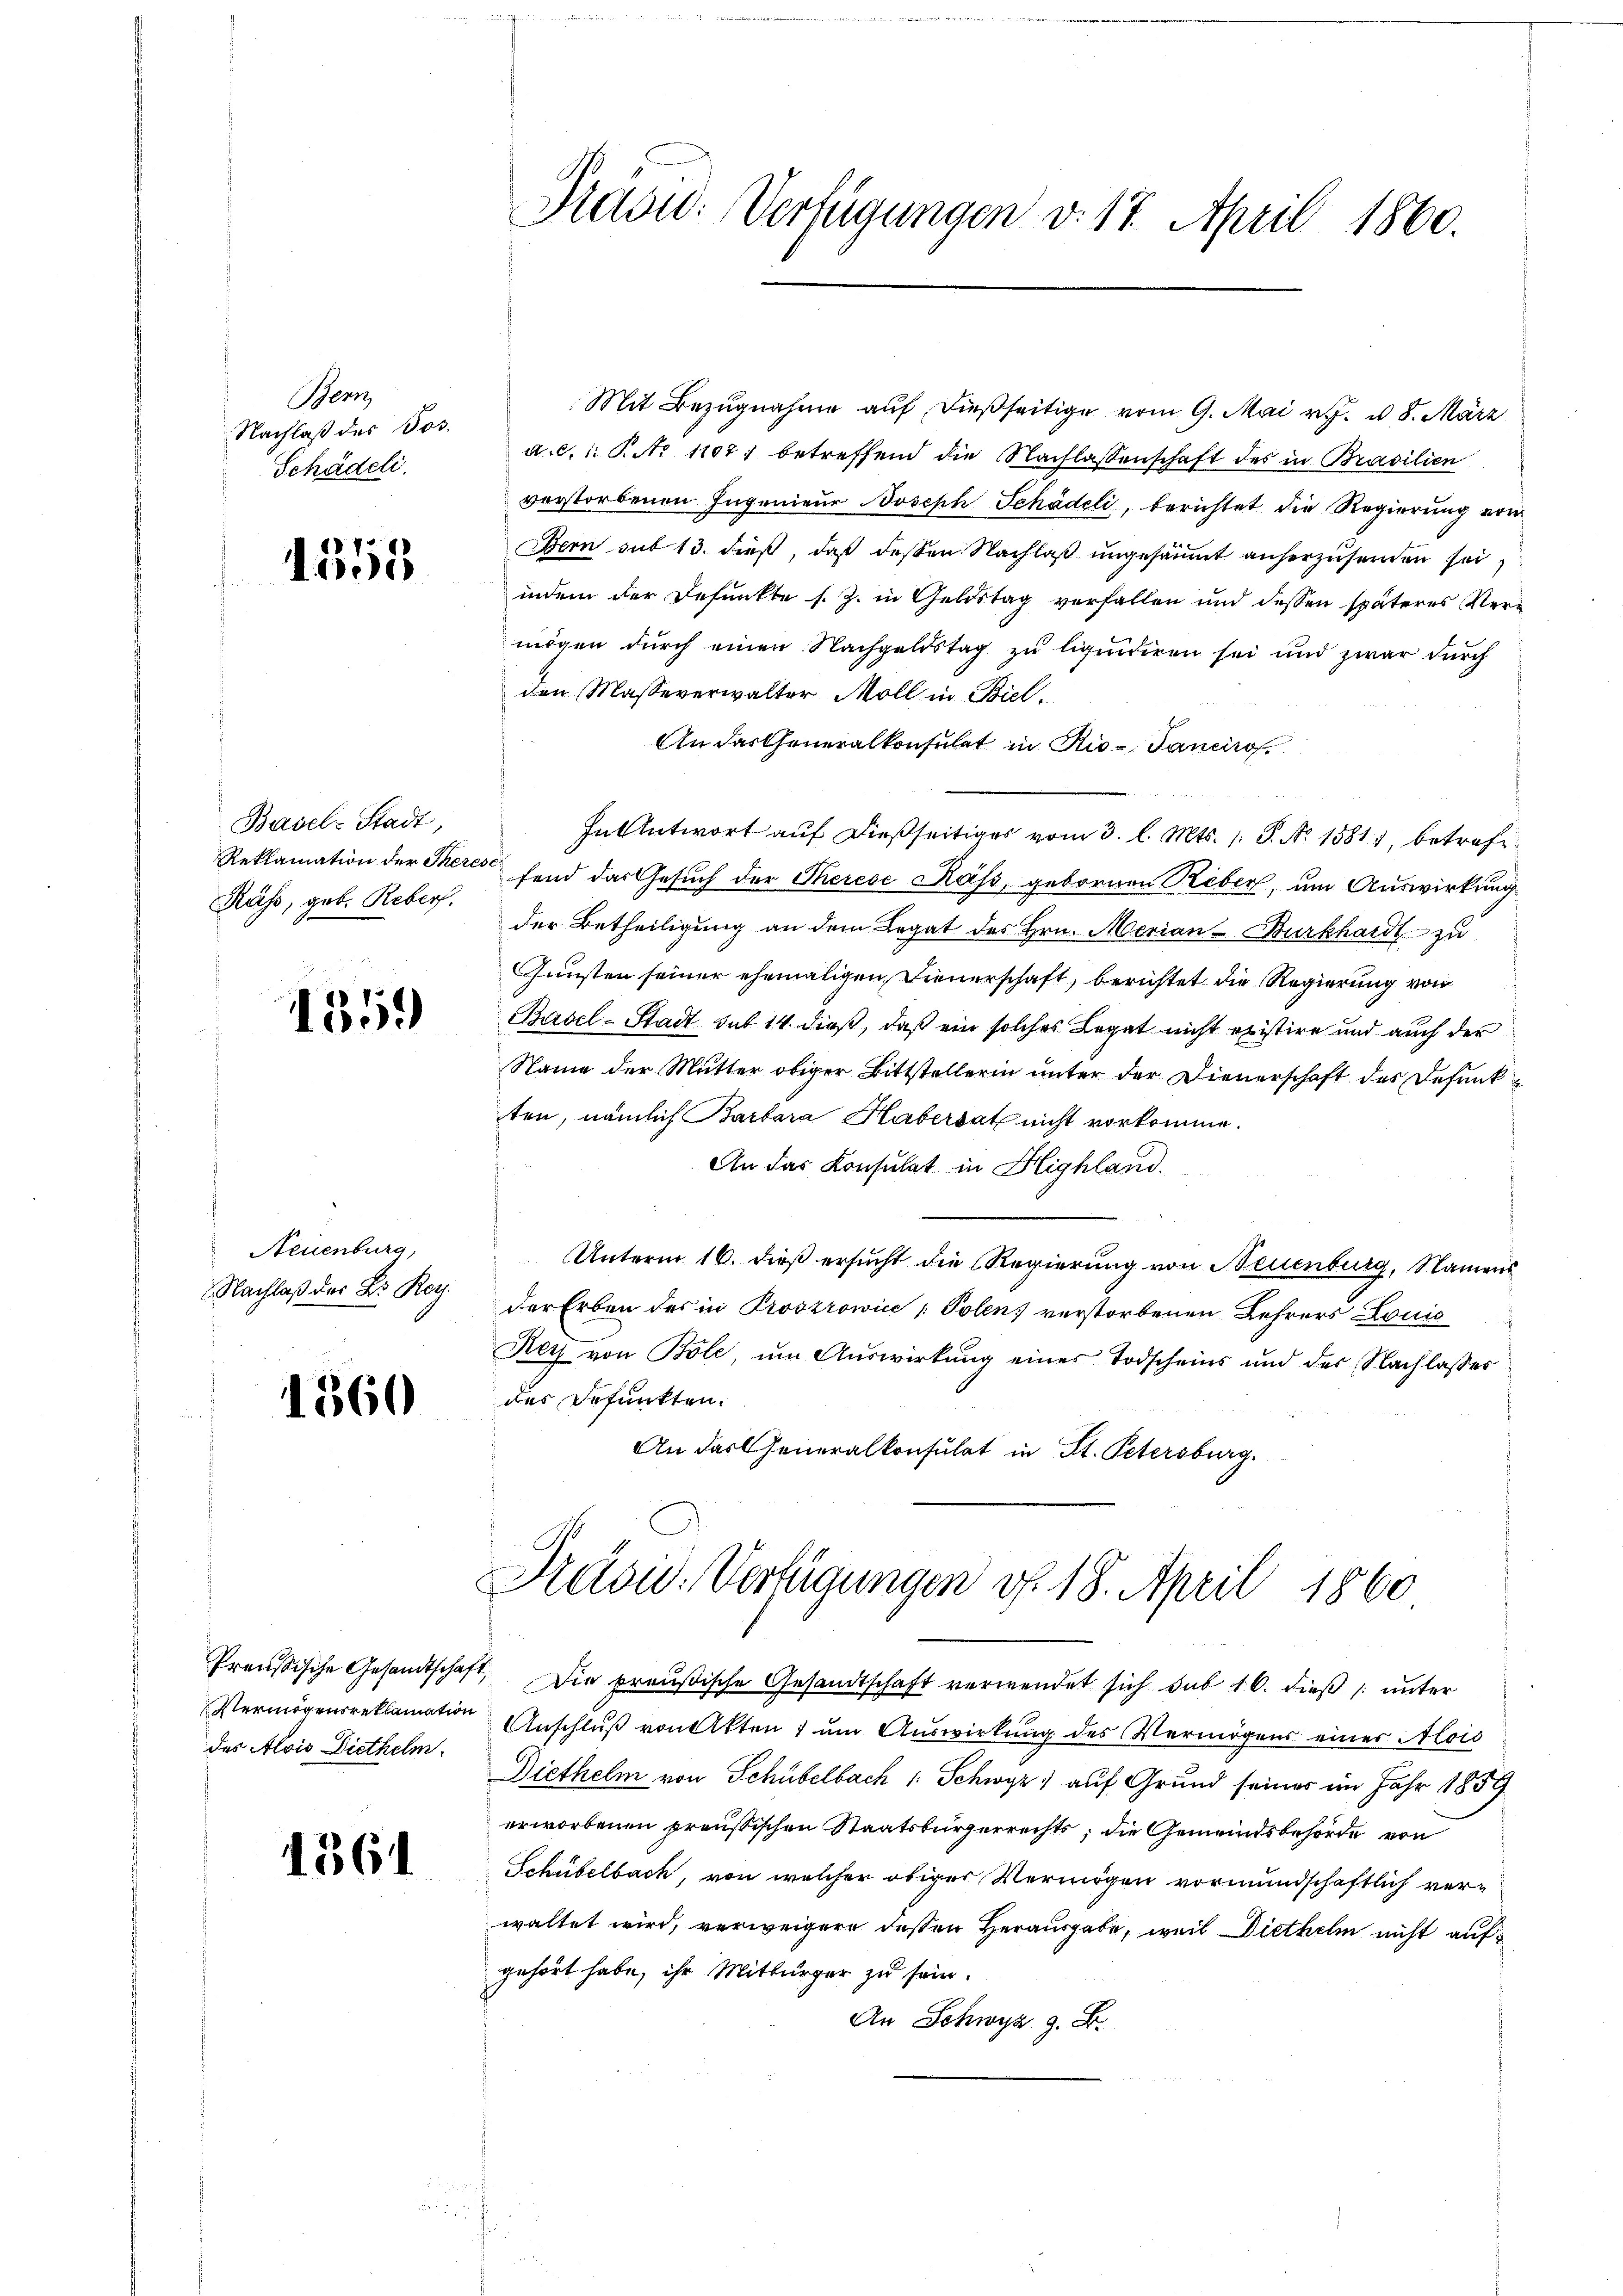
Bern,
Nachlaß des Jos.
Schädeli.

1353

Basel-Stadt,
Reklamation der There
Räß, geb. Reber.

1359

Neuenburg,
Nachlaß der Dr. Ro.

1360

des Alois Diethelm

1361

Prasid: Verfügungen v. 17. April 1860.

Mit Bezugnahme auf dießseitige vom 9. Mai v. J. u. 8. März
a.c.l. P. Nr 1107. betreffend die Nachlassenschaft des in Brasilien
verstorbenen Ingenieur Joseph Schädeli, berichtet die Regierung von
Bern sub 13. dieß, daß dessen Nachlaß ungesäumt anherzusenden sei,
indem der Defunkte s. Z. in Geldstag verfallen und dessen späteres Vermögen durch einen Nachgeldstag zu liquidiren sei und zwar durch
den Masseverwalter Moll in Biel¬
An das Generalkonsulat in Rio-Tancirof.

In Antwort auf dießseitiges vom 3. l. Mts. 1. P. Nr. 1581), betrefefend das Gesuch der Therese Käss, gebornen Reber, um Auswirkung
der Betheiligung an dem Legat des Hrn. Merian-Burkhardt zu
Gunsten seiner ehemaligen Dienerschaft, berichtet die Regierung von
Basel-Stadt sub 14. dieß, daß ein solches Legat nicht existire und auch der
Name der Mutter obiger Bittstellerin unter der Dienerschaft des Defunkten, nämlich Barbara Habersatz nicht vorkomme.
An das Konsulat in Highland.
Unterm 16. dieß ersucht die Regierung von Neuenburg, Namens
der Erben des in Prostrowice Polen verstorbenen Lehrers Louis
Nech von Bole, um Auswirkung eines Todscheins und der Nachlasser
des Befunkten.
An das Generalkonsulat in St. Petersburg.

Präsid. Verfügungen v. 18. April 1860

Preußische Gesandtschaft. Die preußische Gesandtschaft verwendet sich sub 16. dieß unter
Vermögensreklamation Anschluß von Akten 1 um Auswirkung des Vermögens einer Mois
Diethelm von Schübelbach 1 Schwyz) auf Grund seiner im Jahr 1859
erworbenen preußischen Staatsbürgerrechts, die Gemeindsbehörde von
Schübelbach, von welcher obiger Vermögen vormundschaftlich verwaltet wird, verweigere dessen Herausgabe, weil Diethelm nicht auf
gehört habe, ihr Mitbürger zu sein.
An Schwyz z. B.